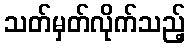
သတ်မှတ်လိုက်သည့်